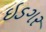
ઇડગર